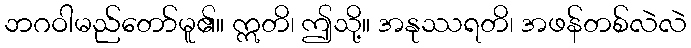
ဘဂဝါမည်တော်မူ၏။ ဣတိ၊ ဤသို့။ အနုဿရတိ၊ အဖန်တစ်လဲလဲ